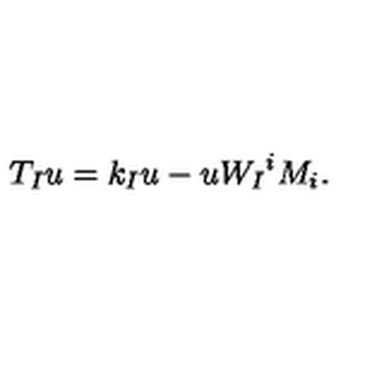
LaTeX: T _ { I } u = k _ { I } u - u W _ { I } { } ^ { i } M _ { i } .